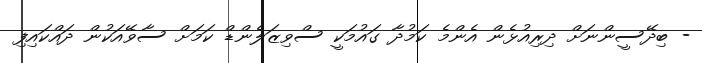
- ބިދޭސީންނަށް ދިރިއުޅެން އެންމެ ކަމުދާ ގައުމަކީ ސްވިޒަލެންޑް ކަމަށް ސާވޭއަކުން ދައްކައިފި